Lock hospitals Punjab
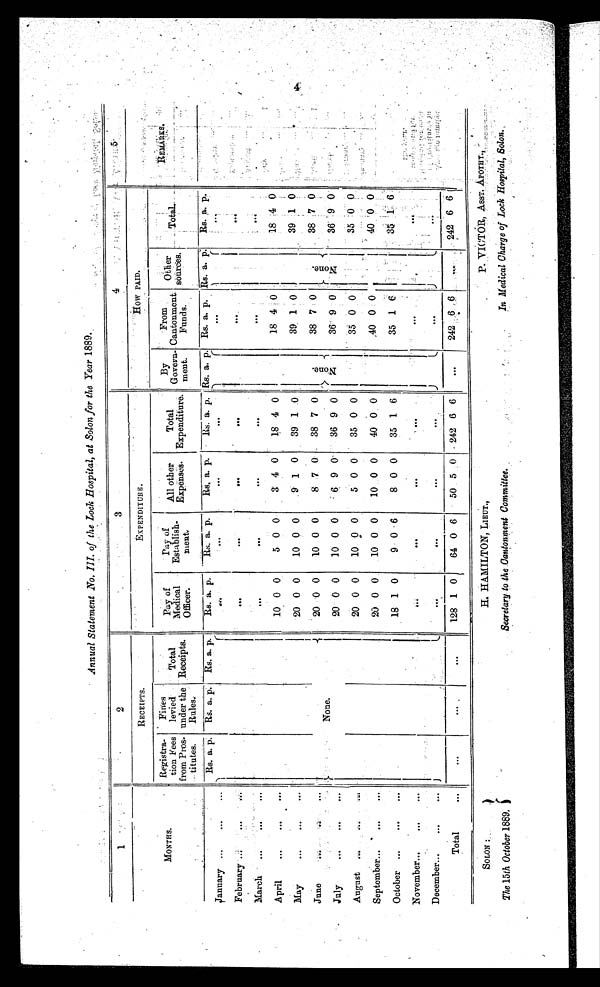
SOLON :
The 15th October 1889.
H. HAMILTON, LIEUT.,
Secretary to the Cantonment Committee.
P. VICTOR, ASST. APOTHY.,
In Medical Charge of Lock Hospital, Solon.
Annual Statement No. III, of the Lock Hospital, at Solon for the Year 1889.
1
2 3
4
5
M O N T H S .
R E C E I P T S .
E X P E N D I T U R E .
H O W P A I D .
R E M A R K S .
R e g i s t r a -
t i o n F e e s
f r o m P r o s -
t i t u t e s .
Fines
levied
under the
Rules.
Total
Receipts.
P a y o f M e d i c a l
O f f i c e r .
P a y o f
E s t a b l i s h
m e n t .
A l l o t h e r
E x p e n s e s .
T o t a l
E x p e n d i t u r e .
B y G o v e r n m e n t .
F r o m
C a n t o n m e n t
F u n d s .
O t h e r
s o u r c e s .
Total.
R E M A R K S .
R s .
a. p. Rs. a. p
Rs. a. p.
R s .
a. p.
R s .
a.
p .
Rs.
a p.
R s .
a.
p .
R s .
a. p.
R s .
a. p.
R s .
a. p. Rs.
a. p.
J a n u a r y
. . .
. . .
. . .
. . .
. . .
...
F e b r u a r y
. . .
. . .
. . .
. . .
...
M a r c h
. . .
. . .
. . .
. . .
...
A p r i l
1 0
0 0
5 0
0
3 4 0
1 8
4
0
1 8
4 0
18
4 0
M a y
2 0
0 0
1 0
0
0
9 1 0
3 9
1
0
3 9
1 0
39
1 0
J u n e
None.
2 0
0 0
1 0
0
0
8 7 0
3 8
7
0
N o n e .
3 8
7 0
N o n e .
38
7 1
J u l y
2 0
0 0
1 0
0
0
6 9 0
3 6
9
0
3 6
9 0
36
9 0
A u g u s t
2 0
0 0
1 0
0
0
5 0 0
3 5
0
0
3 5
0 0
35
0 0
S e p t e m b e r
2 0
0 0
1 0
0
0
1 0
0 0
4 0
0
0
4 0
0 0
40
0 0
O c t o b e r
1 8
1 0
9 0
6
8 0 0
3 5
1
6
3 5
1 6
35
1 6
N o v e m b e r
. . .
. . .
....
. . .
. . .
...
D e c e m b e r
. . .
. . .
. . .
. . .
...
T o t a l
. . .
...
...
1 2 8
1 0
6 4
0
6
5 0
5 0
2 4 2
6
6
. . .
2 4 2
6 6
. . .
242
6 6